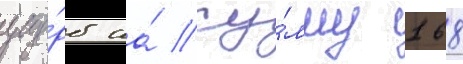
уще́рб на́ су́мму 168